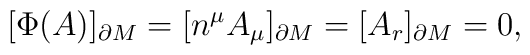
[\Phi(A)]_{\partial M}=[n^{\mu}A_{\mu}]_{\partial M}=[A_{r}]_{\partial M}=0,